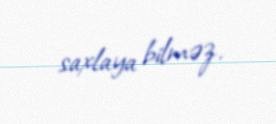
saxlaya bilməz.